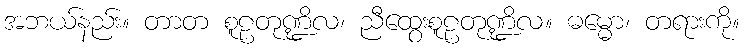
အဘယ်နည်း။ တာတ စူဠတုဏ္ဍိလ၊ ညီထွေးစူဠတုဏ္ဍိလ။ ဓမ္မော၊ တရားကို။